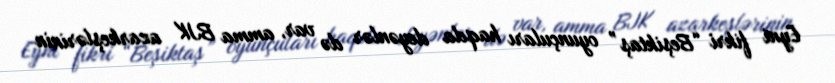
Eyni fikri “Beşiktaş” oyunçuları haqda deyənlər də var, amma BJK azarkeşlərinin